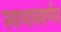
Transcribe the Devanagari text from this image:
स्वभाववर्णन